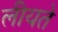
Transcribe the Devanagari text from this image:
लीयते